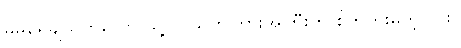
မမရေချယ်ကကော သူ့လို သက်ကြားအိုကြီးကို စိတ်ကူးမတဲ့လား။